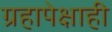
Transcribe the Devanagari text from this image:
ग्रहापेक्षाही